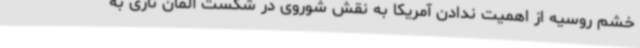
خشم روسیه از اهمیت ندادن آمریکا به نقش شوروی در شکست آلمان نازی به